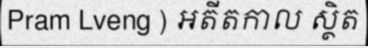
Pram Lveng ) អតីតកាល ស្ថិត